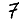
Digit: 7